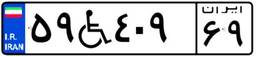
۰۵W۲۸۶۹۱